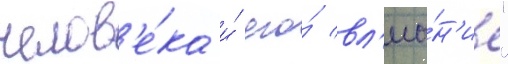
челов'е́ка и́ его́ вл'иа́н'ие"